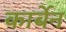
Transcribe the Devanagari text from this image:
कार्बेन